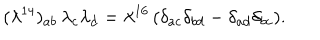
LaTeX: { ( \lambda ^ { 1 4 } ) _ { a b } \, \lambda _ { c } \lambda _ { d } = \lambda ^ { 1 6 } \, ( \delta _ { a c } \delta _ { b d } - \delta _ { a d } \delta _ { b c } ) . }